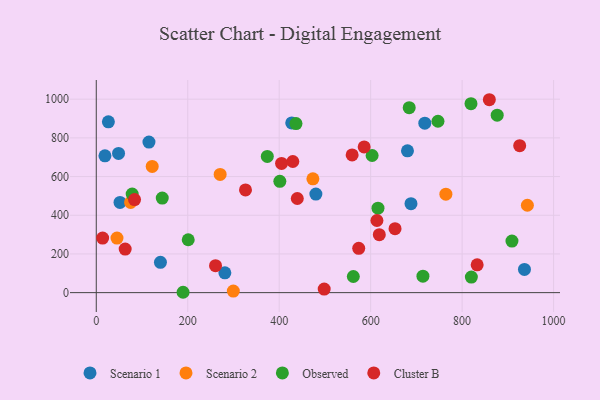
{"axis": {"x": "Distance", "y": "Exam Score"}, "legend": ["Cluster B", "Observed", "Scenario 1", "Scenario 2"], "data": [{"x": "480.2", "y": 509.7, "type": "Scenario 1"}, {"x": "688.2", "y": 459.8, "type": "Scenario 1"}, {"x": "936.3", "y": 119.8, "type": "Scenario 1"}, {"x": "48.7", "y": 719.7, "type": "Scenario 1"}, {"x": "427.4", "y": 877.3, "type": "Scenario 1"}, {"x": "718.4", "y": 875.9, "type": "Scenario 1"}, {"x": "140.3", "y": 156.8, "type": "Scenario 1"}, {"x": "26.5", "y": 882.8, "type": "Scenario 1"}, {"x": "281.2", "y": 102.5, "type": "Scenario 1"}, {"x": "19.0", "y": 707.0, "type": "Scenario 1"}, {"x": "115.2", "y": 778.3, "type": "Scenario 1"}, {"x": "51.9", "y": 466.5, "type": "Scenario 1"}, {"x": "680.5", "y": 732.9, "type": "Scenario 1"}, {"x": "45.3", "y": 282.0, "type": "Scenario 2"}, {"x": "942.7", "y": 451.8, "type": "Scenario 2"}, {"x": "75.1", "y": 466.4, "type": "Scenario 2"}, {"x": "122.3", "y": 652.4, "type": "Scenario 2"}, {"x": "473.7", "y": 588.2, "type": "Scenario 2"}, {"x": "270.9", "y": 610.9, "type": "Scenario 2"}, {"x": "764.5", "y": 509.2, "type": "Scenario 2"}, {"x": "299.7", "y": 7.9, "type": "Scenario 2"}, {"x": "909.0", "y": 266.4, "type": "Observed"}, {"x": "201.1", "y": 273.5, "type": "Observed"}, {"x": "78.5", "y": 509.3, "type": "Observed"}, {"x": "603.2", "y": 708.8, "type": "Observed"}, {"x": "616.0", "y": 436.7, "type": "Observed"}, {"x": "144.3", "y": 488.9, "type": "Observed"}, {"x": "820.2", "y": 80.6, "type": "Observed"}, {"x": "562.1", "y": 83.5, "type": "Observed"}, {"x": "374.0", "y": 703.9, "type": "Observed"}, {"x": "819.4", "y": 976.8, "type": "Observed"}, {"x": "876.7", "y": 917.4, "type": "Observed"}, {"x": "401.4", "y": 575.5, "type": "Observed"}, {"x": "684.3", "y": 956.3, "type": "Observed"}, {"x": "714.3", "y": 85.2, "type": "Observed"}, {"x": "747.2", "y": 886.0, "type": "Observed"}, {"x": "189.8", "y": 1.9, "type": "Observed"}, {"x": "436.7", "y": 873.9, "type": "Observed"}, {"x": "439.6", "y": 486.5, "type": "Cluster B"}, {"x": "653.3", "y": 330.6, "type": "Cluster B"}, {"x": "613.7", "y": 372.9, "type": "Cluster B"}, {"x": "405.2", "y": 667.9, "type": "Cluster B"}, {"x": "63.2", "y": 225.0, "type": "Cluster B"}, {"x": "618.9", "y": 299.6, "type": "Cluster B"}, {"x": "13.9", "y": 282.3, "type": "Cluster B"}, {"x": "573.9", "y": 229.3, "type": "Cluster B"}, {"x": "260.8", "y": 139.6, "type": "Cluster B"}, {"x": "585.8", "y": 753.4, "type": "Cluster B"}, {"x": "832.9", "y": 143.6, "type": "Cluster B"}, {"x": "498.4", "y": 18.3, "type": "Cluster B"}, {"x": "326.3", "y": 530.7, "type": "Cluster B"}, {"x": "83.7", "y": 480.9, "type": "Cluster B"}, {"x": "859.5", "y": 997.2, "type": "Cluster B"}, {"x": "559.5", "y": 711.8, "type": "Cluster B"}, {"x": "429.8", "y": 678.0, "type": "Cluster B"}, {"x": "925.9", "y": 759.7, "type": "Cluster B"}]}